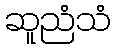
ဆူညံသံ